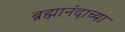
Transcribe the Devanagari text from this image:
ब्रह्मानंदाच्या